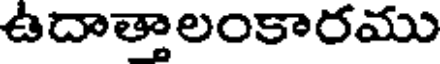
ఉదాత్తాలంకారము